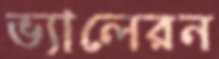
ভ্যালেরন